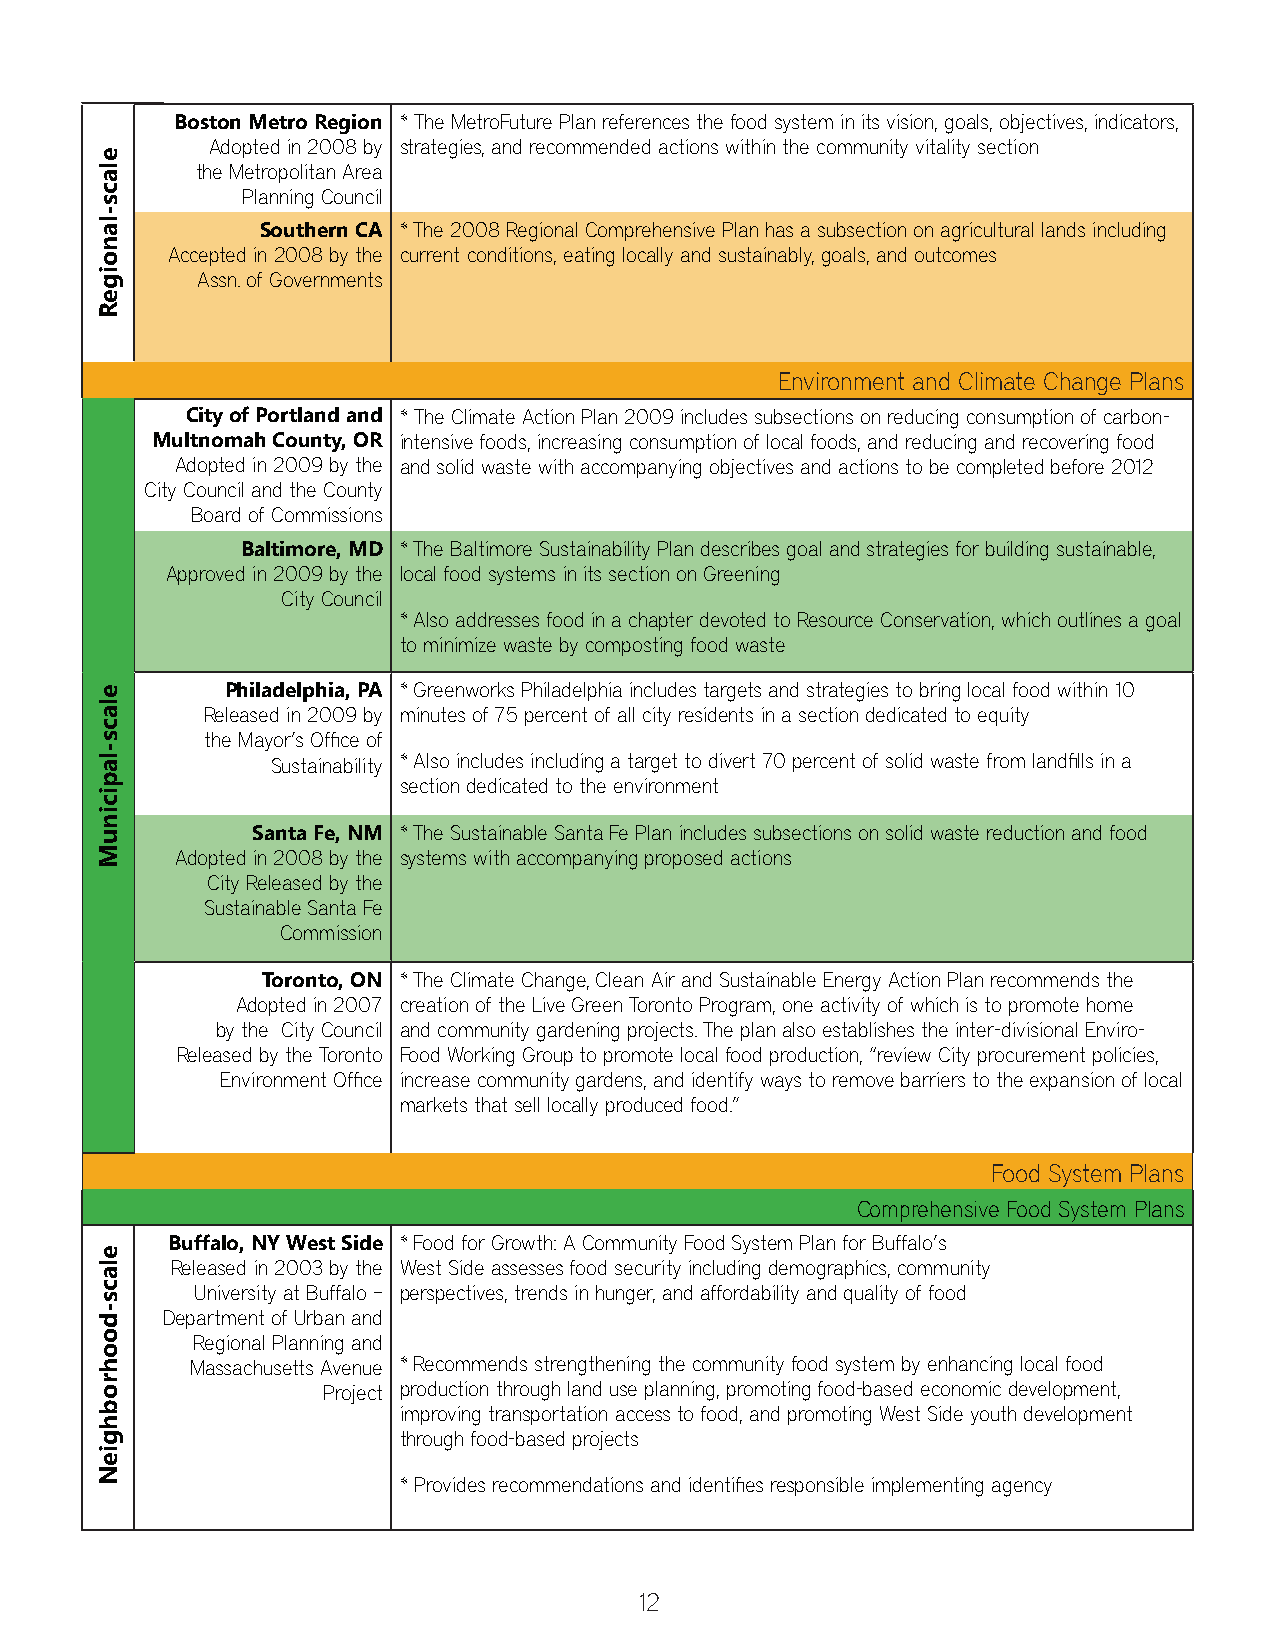
Boston Metro Region * The MetroFuture Plan references the food system in its vision, goals, objectives, indicators,
 Adopted in 2008 by strategies, and recommended actions within the community vitality section
 the Metropolitan Area
 Planning Council
 Southern CA * The 2008 Regional Comprehensive Plan has a subsection on agricultural lands including
 Accepted in 2008 by the current conditions, eating locally and sustainably, goals, and outcomes
 Assn. of Governments
 Environment and Climate Change Plans
 City of Portland and * The Climate Action Plan 2009 includes subsections on reducing consumption of carbon-
 Multnomah County, OR intensive foods, increasing consumption of local foods, and reducing and recovering food
 Adopted in 2009 by the and solid waste with accompanying objectives and actions to be completed before 2012
 City Council and the County
 Board of Commissions
 Baltimore, MD * The Baltimore Sustainability Plan describes goal and strategies for building sustainable,
 Approved in 2009 by the local food systems in its section on Greening
 City Council
 * Also addresses food in a chapter devoted to Resource Conservation, which outlines a goal
 to minimize waste by composting food waste
 Philadelphia, PA * Greenworks Philadelphia includes targets and strategies to bring local food within 10
 Released in 2009 by minutes of 75 percent of all city residents in a section dedicated to equity
 the Mayor’s Offi ce of
 Sustainability * Also includes including a target to divert 70 percent of solid waste from landfi lls in a
 section dedicated to the environment
 Santa Fe, NM * The Sustainable Santa Fe Plan includes subsections on solid waste reduction and food
 Adopted in 2008 by the systems with accompanying proposed actions
 City Released by the
 Sustainable Santa Fe
 Commission
 Toronto, ON * The Climate Change, Clean Air and Sustainable Energy Action Plan recommends the
 Adopted in 2007 creation of the Live Green Toronto Program, one activity of which is to promote home
 by the City Council and community gardening projects. The plan also establishes the inter-divisional Enviro-
 Released by the Toronto Food Working Group to promote local food production, “review City procurement policies,
 Environment Offi ce increase community gardens, and identify ways to remove barriers to the expansion of local
 markets that sell locally produced food.”
 Food System Plans
 Comprehensive Food System Plans
 Buffalo, NY West Side * Food for Growth: A Community Food System Plan for Buffalo’s
 Released in 2003 by the West Side assesses food security including demographics, community
 University at Buffalo – perspectives, trends in hunger, and affordability and quality of food
 Department of Urban and
 Regional Planning and
 Massachusetts Avenue * Recommends strengthening the community food system by enhancing local food
 Project production through land use planning, promoting food-based economic development,
 improving transportation access to food, and promoting West Side youth development
 through food-based projects
 * Provides recommendations and identifi es responsible implementing agency
 12
 elacs-lanoigeR
 elacs-lapicinuM
 elacs-doohrobhgieN